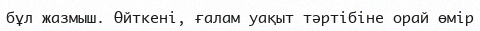
бұл жазмыш. Өйткені, ғалам уақыт тәртібіне орай өмір